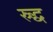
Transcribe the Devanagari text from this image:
स्र्द्ध